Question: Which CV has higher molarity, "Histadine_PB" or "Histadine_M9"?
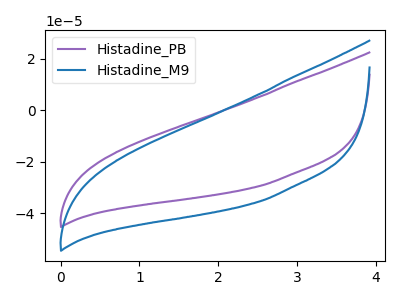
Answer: <think>The purple curve "Histadine_PB" has no peaks. The blue curve "Histadine_M9" has no peaks.
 Neither "Histadine_PB" or "Histadine_M9" have any peaks.</think>
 <answer>I cant tell if "Histadine_PB" or "Histadine_M9" has higher concentration.</answer>
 <eval>mixed_concentration</eval>